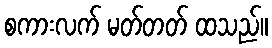
စကားလက် မတ်တတ် ထသည်။